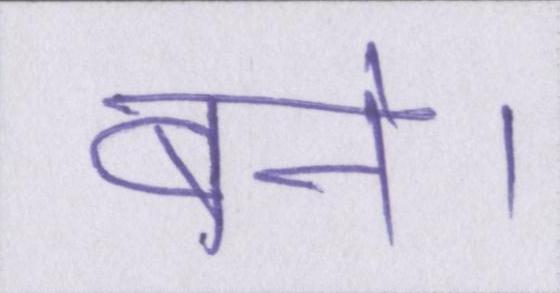
बने।